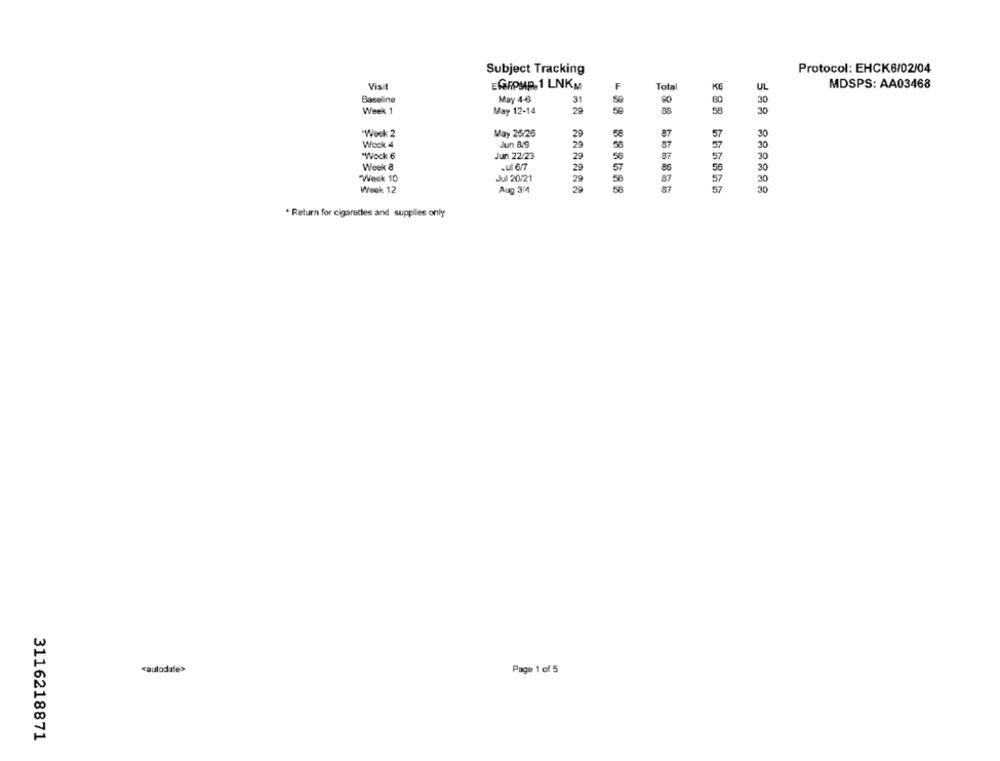
Protocol: EHCK6/02/04
Subject Tracking
Visit
EGROUP 1 LNKM
Total
UL
MDSPS: AA03468
Baseline
May 4-6
31
60
30
Week 1
May 12-14
20
88
58
"Week 2
May 26/26
20
87
30
Wook 4
Jun 8.9
87
30
"Wock 6
Jun 22/23
29
87
30
Week &
.ul 6/7
29
86
30
"Week 10
Jul 20/21
29
87
Weok 12
Aug 3:4
20
-88 888588
* Return for cigarettes and supplies only
cautodate>
Page 1 of 5
3116218871